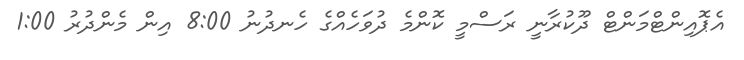
އެޕޮއިންޓްމަންޓް ދޫކުރާނީ ރަސްމީ ކޮންމެ ދުވަހެއްގެ ހެނދުނު 8:00 އިން މެންދުރު 1:00